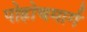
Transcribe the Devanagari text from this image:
पोहोचमार्ग